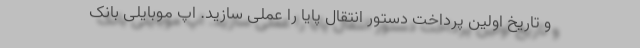
و تاریخ اولین پرداخت دستور انتقال پایا را عملی سازید. اپ موبایلی بانک